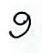
9